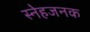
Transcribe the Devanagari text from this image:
स्नेहजनक